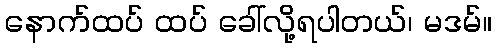
နောက်ထပ် ထပ် ခေါ်လို့ရပါတယ်၊ မဒမ်။